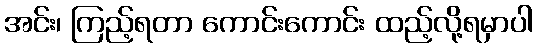
အင်း၊ ကြည့်ရတာ ကောင်းကောင်း ထည့်လို့ရမှာပါ